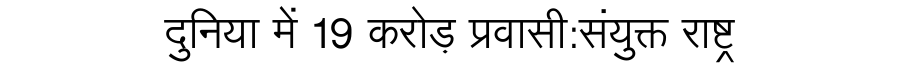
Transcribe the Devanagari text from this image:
दुनिया में 19 करोड़ प्रवासी:संयुक्त राष्ट्र